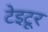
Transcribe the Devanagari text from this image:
टेइटूर